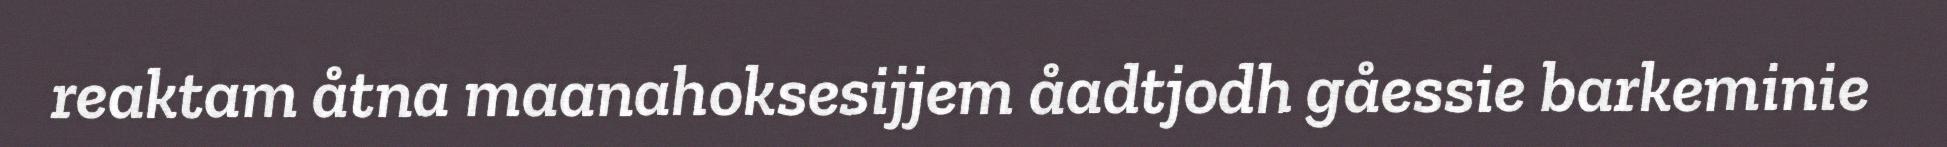
reaktam åtna maanahoksesijjem åadtjodh gåessie barkeminie